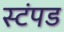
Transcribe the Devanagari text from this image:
स्टंपड